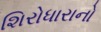
શિરોધારાનો